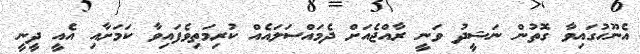
އެނޫހުގައިވާ ގޮތުން ނަޝީދު ވަނީ ރާއްޖެއަށް ދެމައްސަލައެއް ކުރިމަތިވެފައިވާ ކަމަށާއި އެއީ ދީނީ